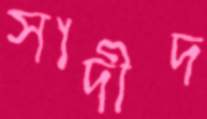
সাদীদ